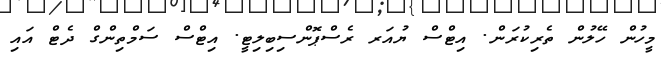
މީހުން ހޭލުން ތެރިކުރަން. އިޓްސް ޔުއަރ ރެސްޕޮންސިބިލިޓީ. އިޓްސް ސަމްތިންގް ދެޓް އައި